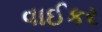
વાઈકર